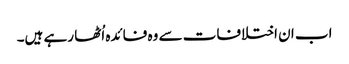
اب ان اختلافات سے وہ فائدہ اُٹھا رہے ہیں۔